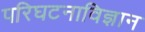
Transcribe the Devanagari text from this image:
परिघटनाविज्ञान